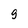
Character: g